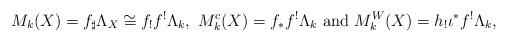
LaTeX: \begin{align*} M_k(X) = f_\sharp \Lambda_X \cong f_! f^! \Lambda_k, \ M^c_k(X) = f_* f^! \Lambda_k \ \mbox{and} \ M^W_k(X) = h_! \iota^* f^! \Lambda_k,\end{align*}